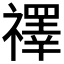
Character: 𥜃